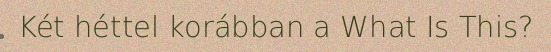
Két héttel korábban a What Is This?